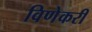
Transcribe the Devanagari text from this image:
विणेकरी